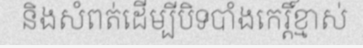
និងសំពត់ដើម្បីបិទបាំងកេរ្តិ៍ខ្មាស់